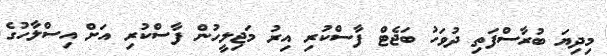
މިދިޔަ ބުރާސްފަތި ދުވަހު ބަޖެޓް ފާސްކުރި އިރު މަޖިލީހުން ފާސްކުރި އަށް އިސްލާހުގެ